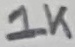
Text: 1K